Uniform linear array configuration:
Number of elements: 32
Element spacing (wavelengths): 0.5
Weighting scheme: binomial
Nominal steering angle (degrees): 60
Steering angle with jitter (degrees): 61.423
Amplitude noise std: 0.05
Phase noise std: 0.05

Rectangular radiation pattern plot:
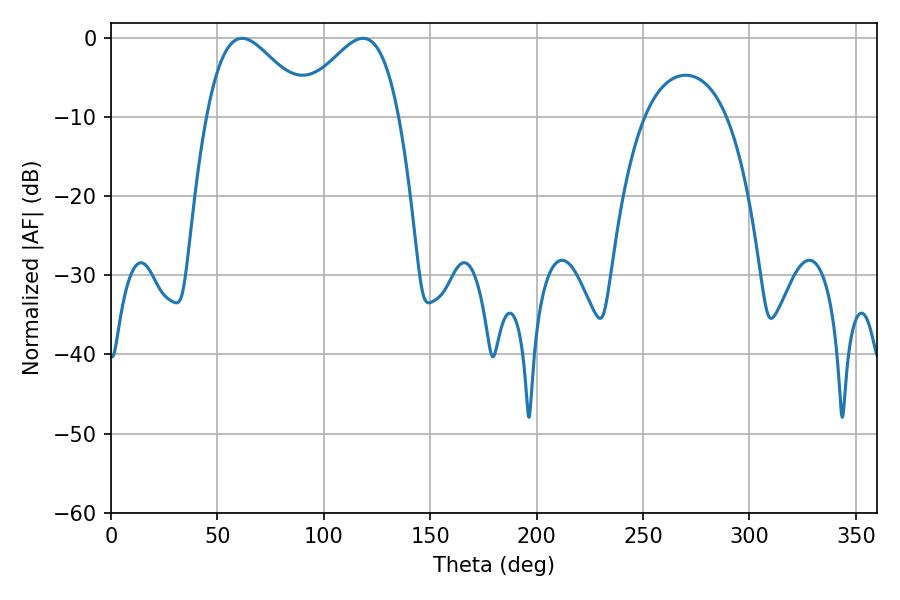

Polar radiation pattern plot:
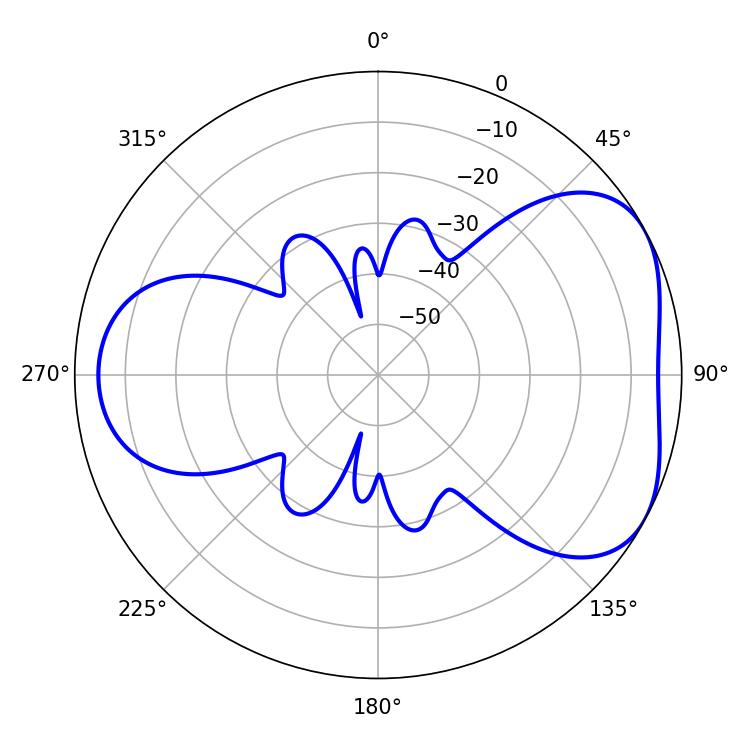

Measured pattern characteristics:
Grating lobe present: FALSE
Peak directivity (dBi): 4.654
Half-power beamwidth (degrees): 25.74
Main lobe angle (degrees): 61.56